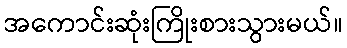
အကောင်းဆုံးကြိုးစားသွားမယ်။